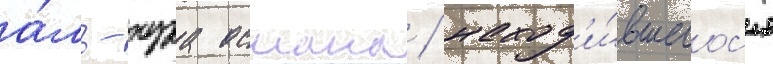
а́ль-нура османа / наход'и́вшегос'я